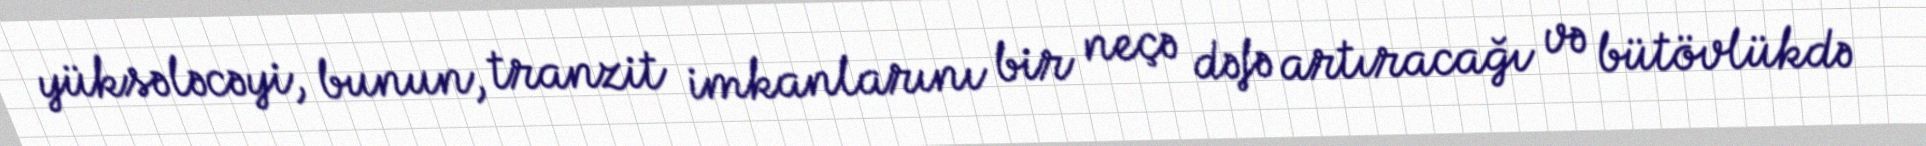
yüksələcəyi, bunun, tranzit imkanlarını bir neçə dəfə artıracağı və bütövlükdə